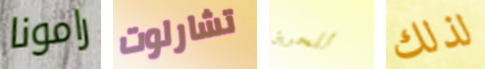
رامونا تشارلوت للحريق لذلك